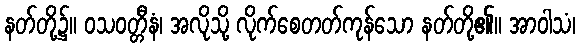
နတ်တို့၌။ ဝသဝတ္တီနံ၊ အလိုသို့ လိုက်စေတတ်ကုန်သော နတ်တို့၏။ အာဝါသံ၊